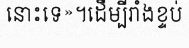
នោះទេ»។ដើម្បីរាំងខ្ទប់